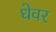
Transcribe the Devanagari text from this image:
धेवर